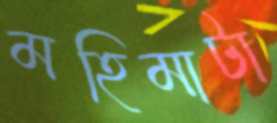
মহিমাটা